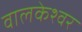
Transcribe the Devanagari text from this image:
वालकेश्वर